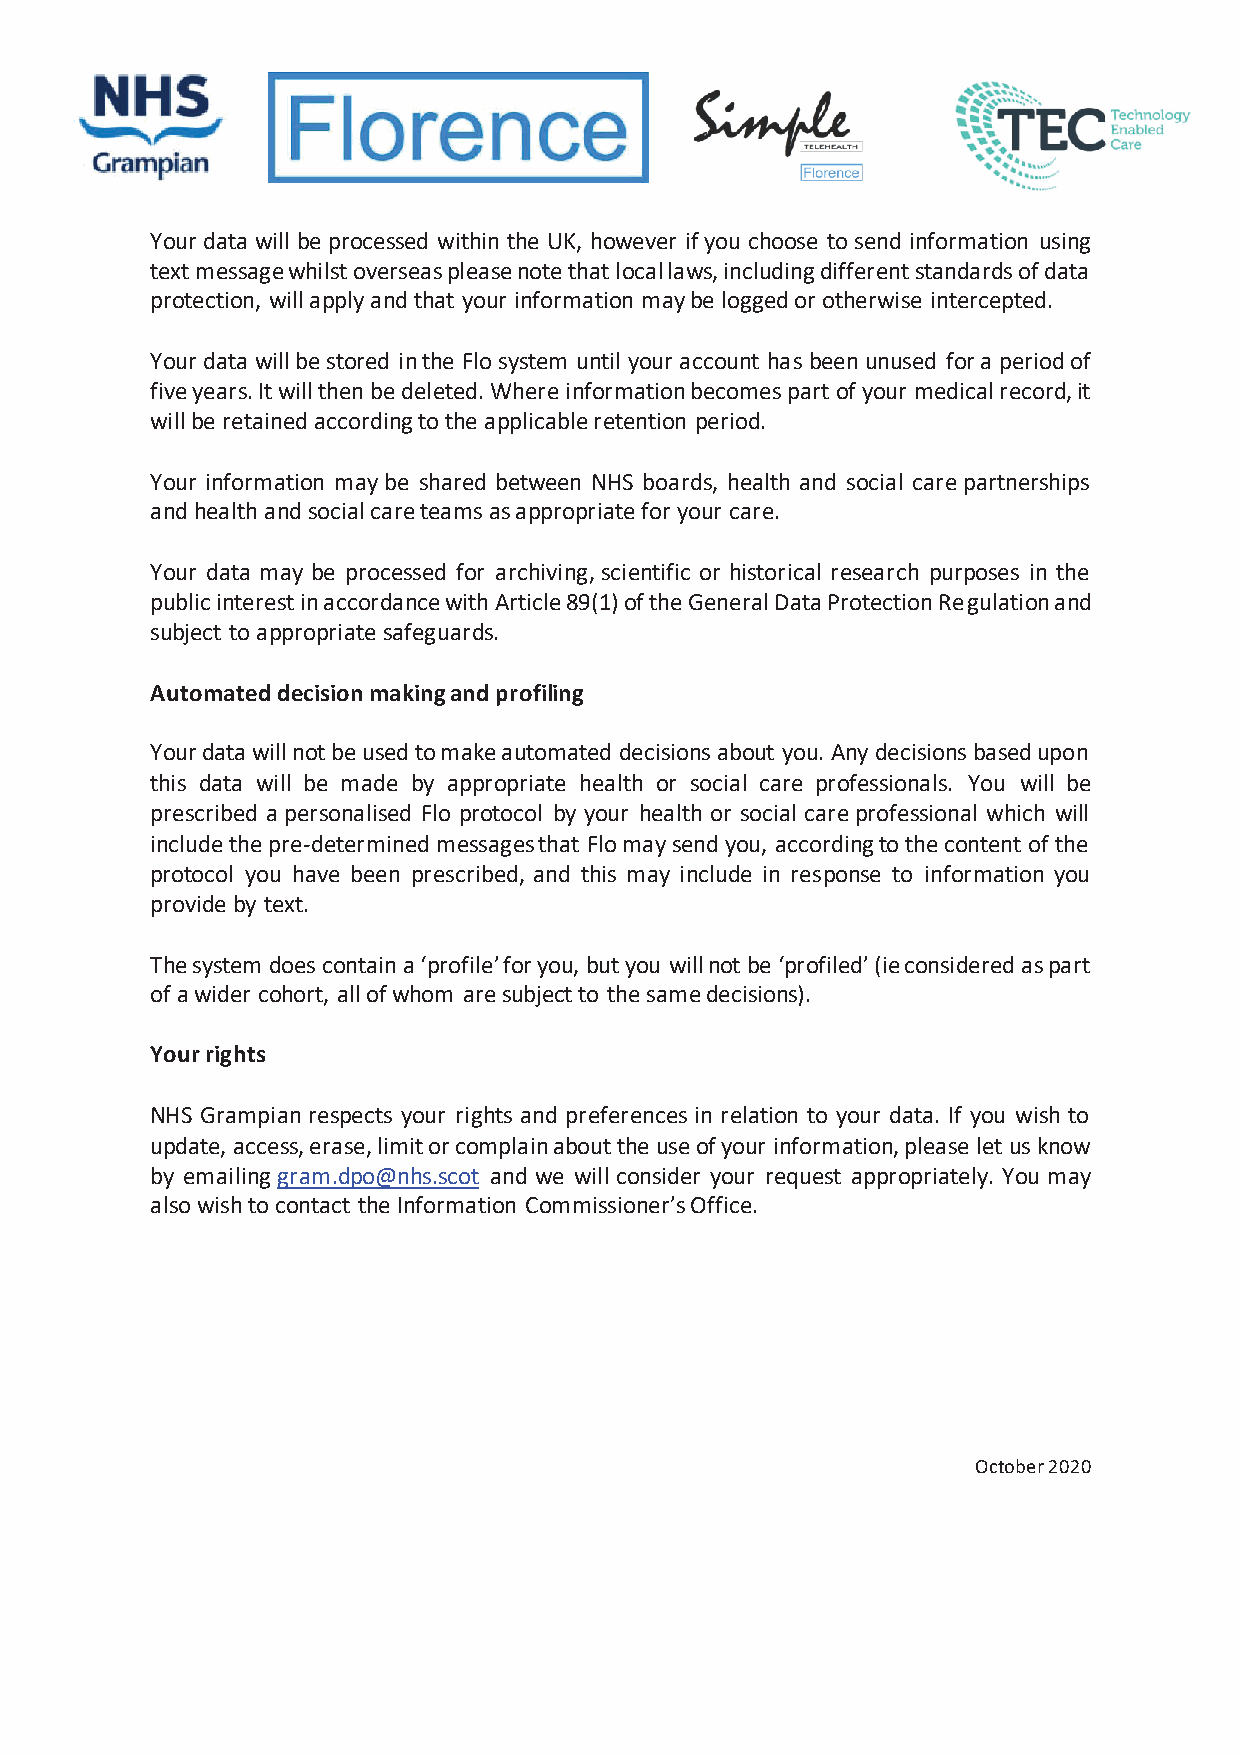
Your data will be processed within the UK, however if you choose to send information using
 text message whilst overseas please note that local laws, including different standards of data
 protection, will apply and that your information may be logged or otherwise intercepted.
 Your data will be stored in the Flo system until your account has been unused for a period of
 five years. It will then be deleted. Where information becomes part of your medical record, it
 will be retained according to the applicable retention period.
 Your information may be shared between NHS boards, health and social care partnerships
 and health and social care teams as appropriate for your care.
 Your data may be processed for archiving, scientific or historical research purposes in the
 public interest in accordance with Article 89(1) of the General Data Protection Regulation and
 subject to appropriate safeguards.
 Automated decision making and profiling
 Your data will not be used to make automated decisions about you. Any decisions based upon
 this data will be made by appropriate health or social care professionals. You will be
 prescribed a personalised Flo protocol by your health or social care professional which will
 include the pre-determined messages that Flo may send you, according to the content of the
 protocol you have been prescribed, and this may include in response to information you
 provide by text.
 The system does contain a ‘profile’ for you, but you will not be ‘profiled’ (ie considered as part
 of a wider cohort, all of whom are subject to the same decisions).
 Your rights
 NHS Grampian respects your rights and preferences in relation to your data. If you wish to
 update, access, erase, limit or complain about the use of your information, please let us know
 by emailing gram.dpo@nhs.scot and we will consider your request appropriately. You may
 also wish to contact the Information Commissioner’s Office.
 October 2020